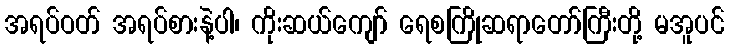
အရပ်ဝတ် အရပ်စားနဲ့ပါ၊ ကိုးဆယ်ကျော် ရေစကြိုဆရာတော်ကြီးတို့ မအူပင်